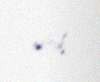
edirik.